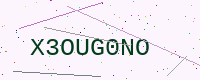
Text: X3OUG0NO